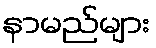
နာမည်များ